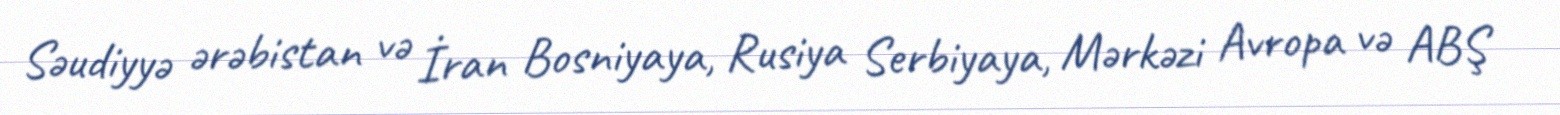
Səudiyyə ərəbistan və İran Bosniyaya, Rusiya Serbiyaya, Mərkəzi Avropa və ABŞ